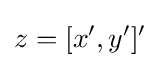
z=[x',y']'